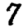
Digit: 7